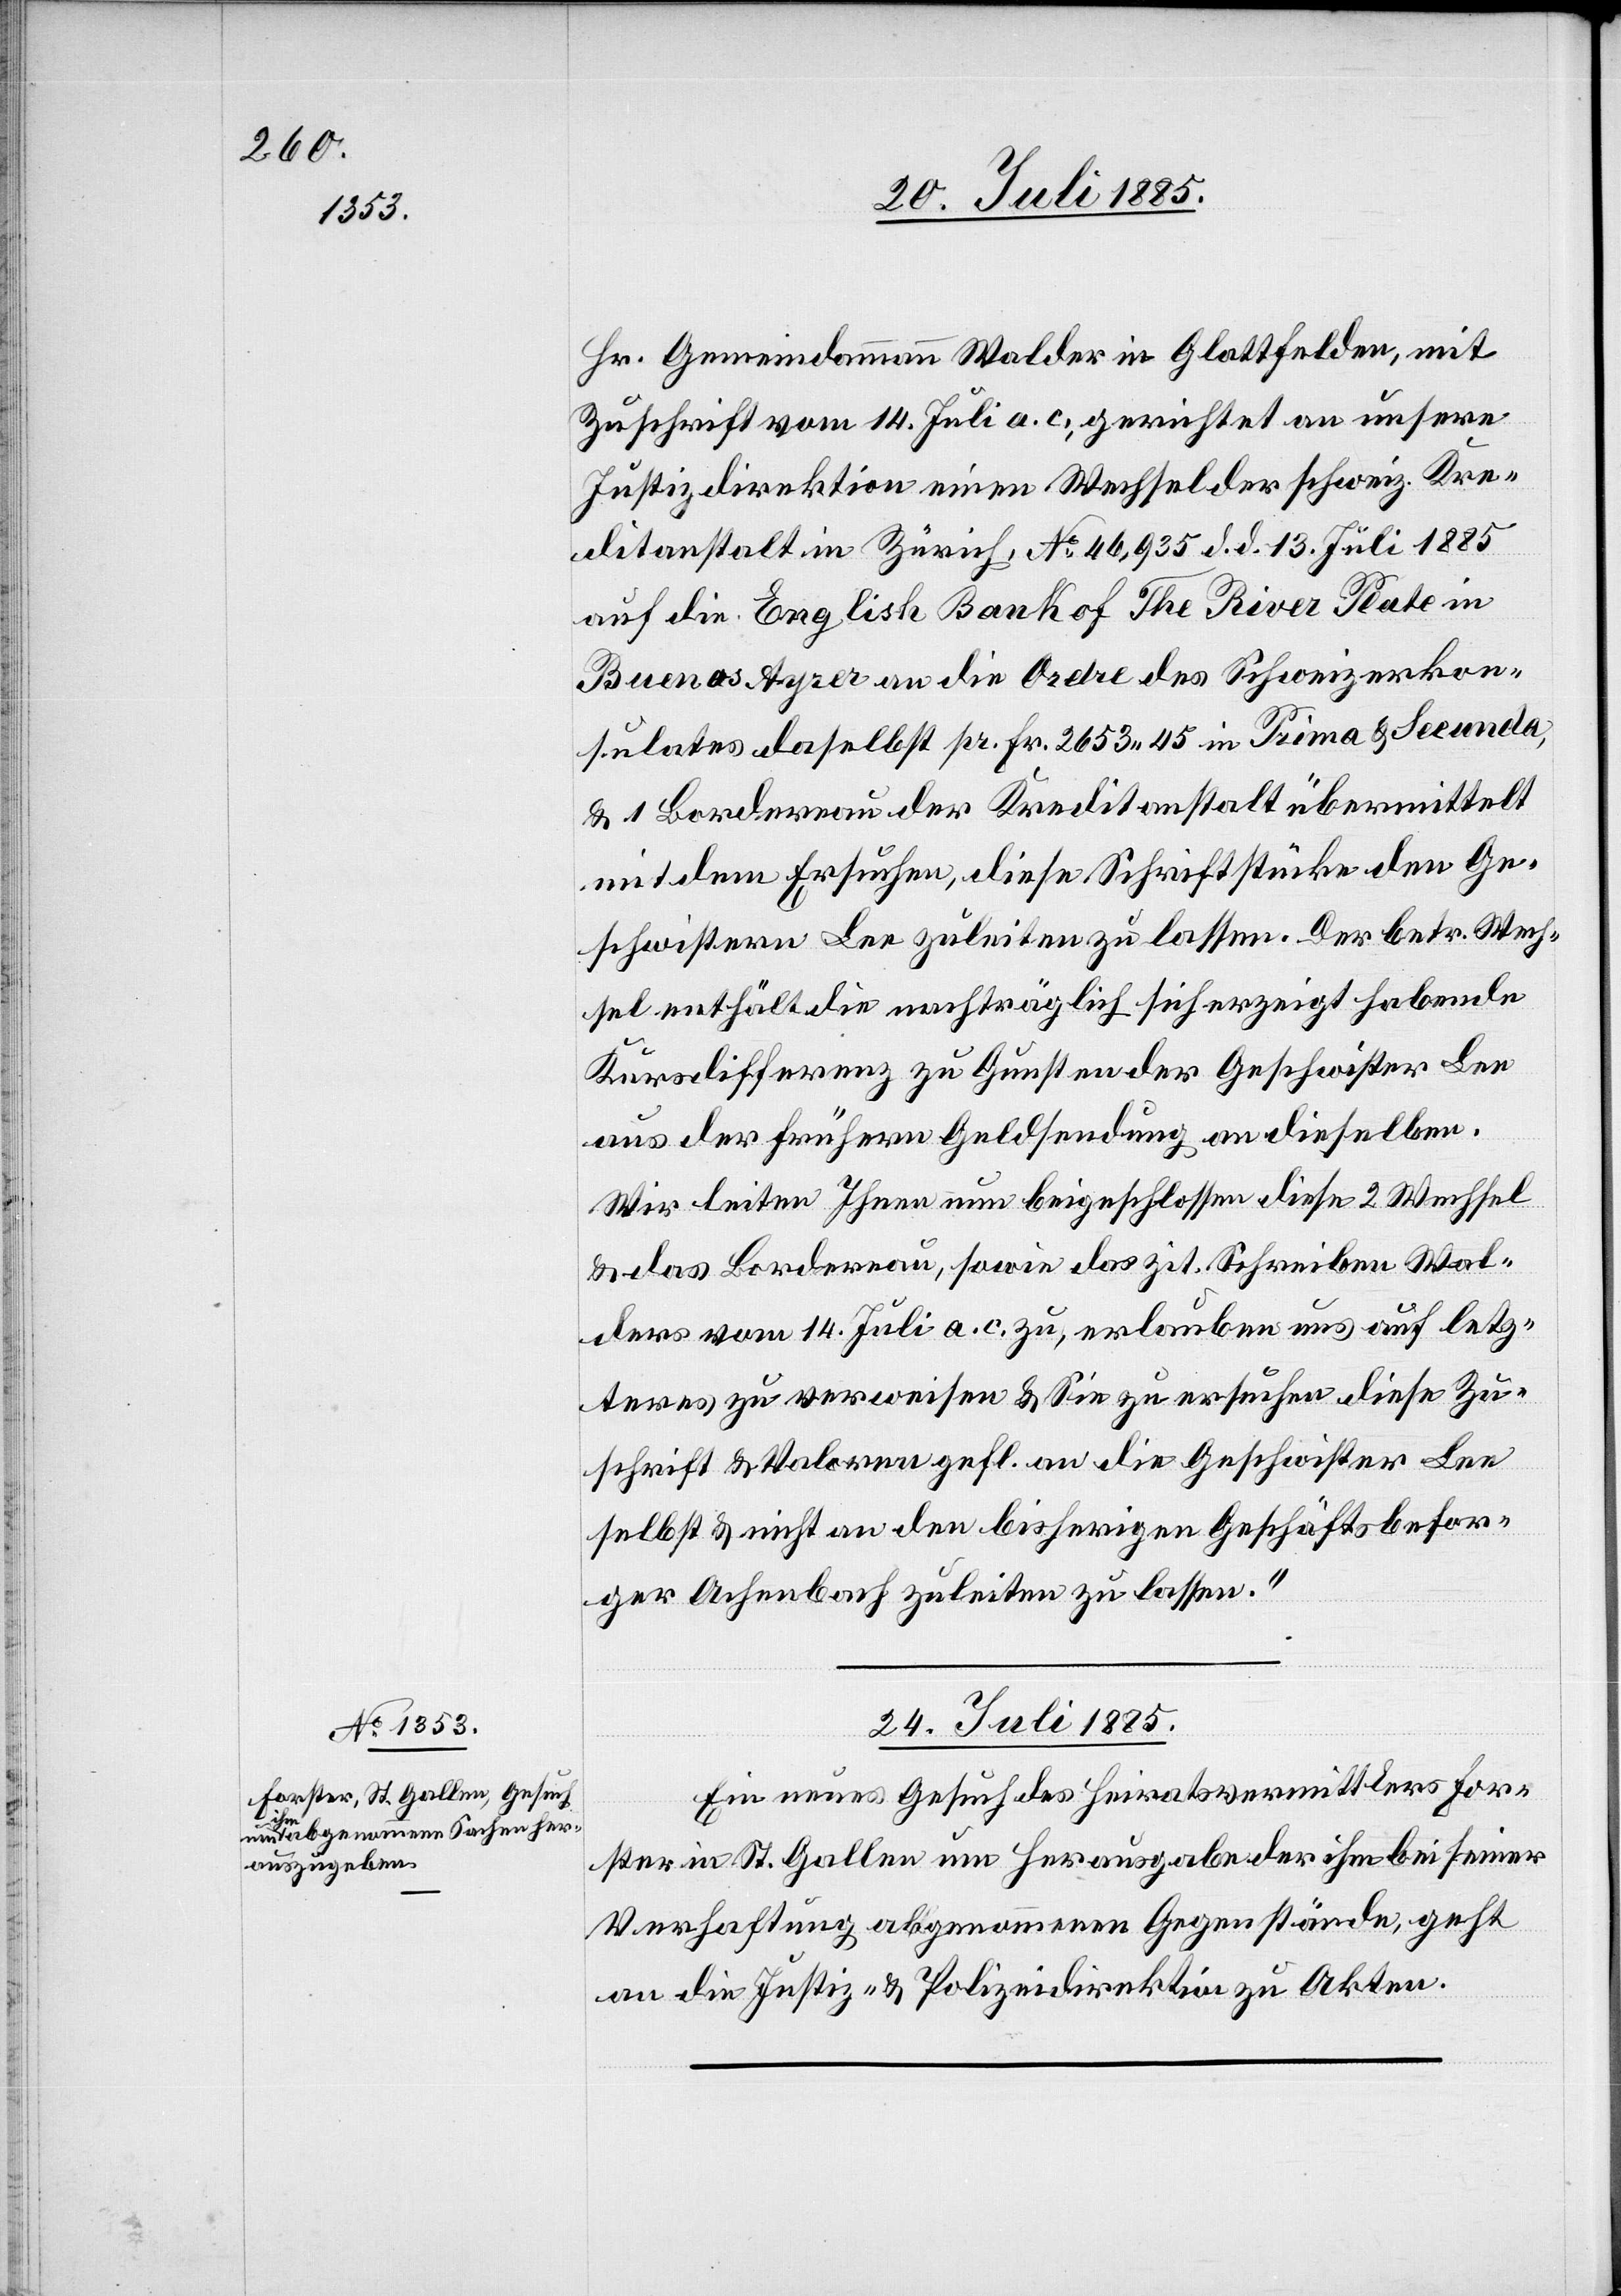
Hr. Gemeindammann Walder in Glattfelden, mit
Zuschrift vom 14. Juni a. c., gerichtet an unsere
Justizdirektion einen Wechsel der schweiz. Kre¬
ditanstalt in Zürich, No 46,935 d. d. 13. Juli 1885
auf die English Bank of The River Plate in
Buenos Ayres an die Ordre des Schweizerkon¬
sulates daselbst pr. Fr. 2653 45 in Prima & Secunda,
& 1 Bordereau der Kreditanstalt übermittelt
mit dem Ersuchen, diese Schriftstücke den Ge¬
schwistern Lee zuleiten zu lassen. Der betr. Wech¬
sel enthält die nachträglich sich erzeigt habende
Kursdifferenz zu Gunsten der Geschwister Lee
aus der frühern Geldsendung an dieselben.
Wir leiten Ihnen nun beigeschlossen diese 2 Wechsel
& das Bordereau, sowie das zit. Schreiben Wal¬
ders vom 14. Juli a. c. zu, erlauben uns auf letz¬
teres zu verweisen & sie zu ersuchen diese Zu¬
schrift & Valoren gefl. an die Geschwister Lee
selbst & nicht an den bisherigen Geschäftsbesor¬
ger Achenbach zuleiten zu lassen.“
24. Juli 1885.
Ein neues Gesuch des Heiratsvermittlers For¬
ster in St. Gallen um Herausgabe der ihm bei seiner
Verhaftung abgenommenen Gegenstände, geht
an die Justiz- & Polizeidirektion zu Akten.